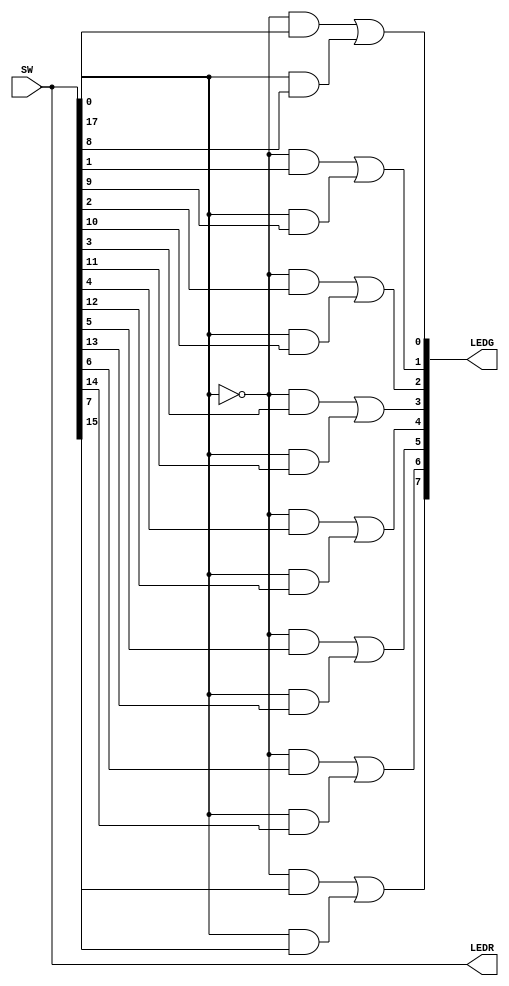
module part_2(SW, LEDR, LEDG);
	input [17:0]SW;
	output [17:0]LEDR;
	output [7:0]LEDG;
	
	wire s;
	wire [7:0] x, y, M;
		
	assign LEDR = SW;
	assign LEDG = M;
	
	assign s = SW[17];
	assign x = SW[7:0];
	assign y = SW[15:8];
	
	assign M[0] = (~s & x[0] | s & y[0]);
	assign M[1] = (~s & x[1] | s & y[1]);
	assign M[2] = (~s & x[2] | s & y[2]);
	assign M[3] = (~s & x[3] | s & y[3]);
	assign M[4] = (~s & x[4] | s & y[4]);
	assign M[5] = (~s & x[5] | s & y[5]);
	assign M[6] = (~s & x[6] | s & y[6]);
	assign M[7] = (~s & x[7] | s & y[7]);

endmodule